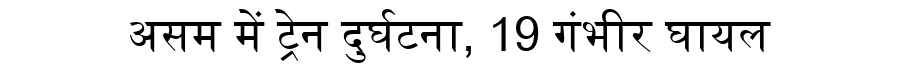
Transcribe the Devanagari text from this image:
असम में ट्रेन दुर्घटना, 19 गंभीर घायल